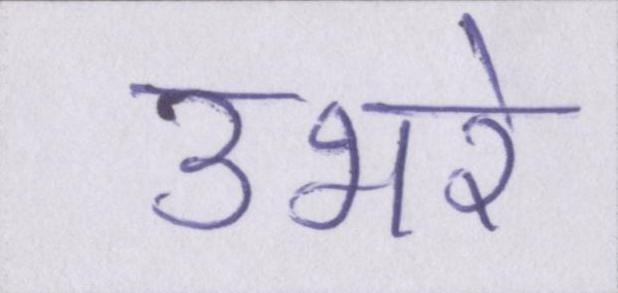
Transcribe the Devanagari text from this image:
उभरे